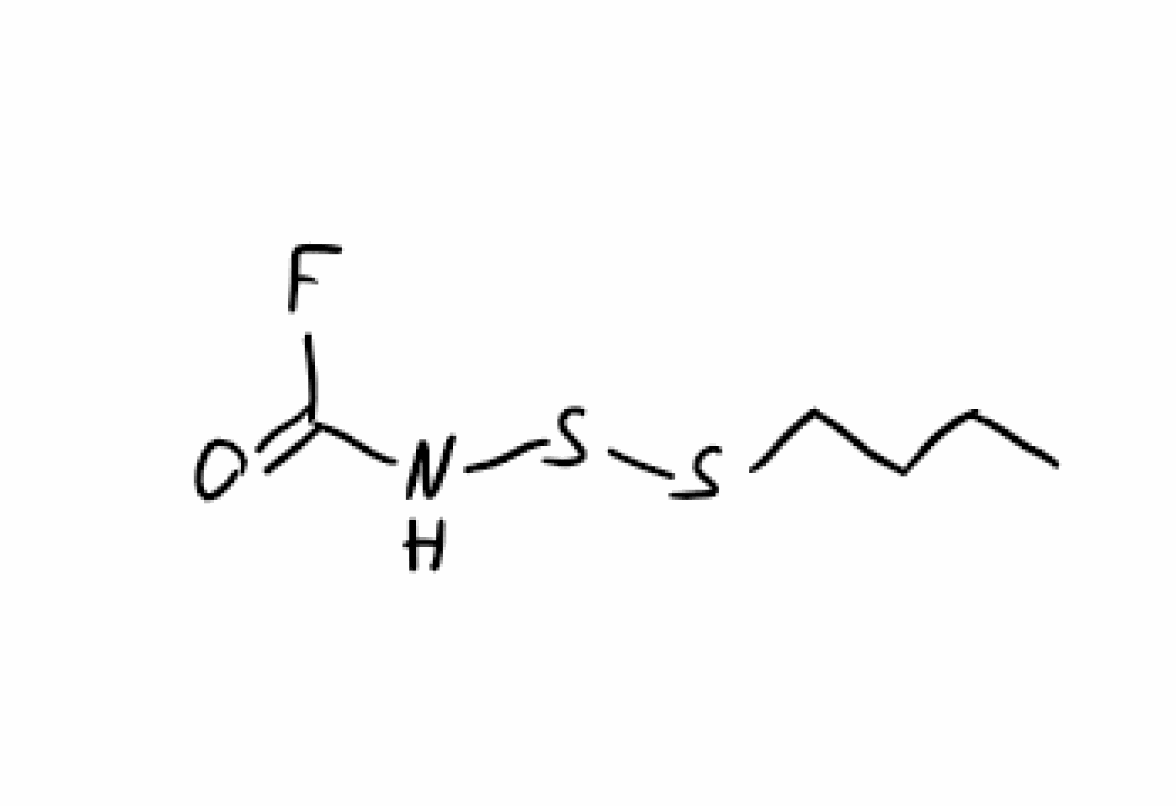
Simplified molecular-input line-entry system (SMILES) notation of the given molecule:
CCCCSSNC(=O)F